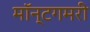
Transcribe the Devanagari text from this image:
मॉन्टगमरी